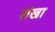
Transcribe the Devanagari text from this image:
शंखा